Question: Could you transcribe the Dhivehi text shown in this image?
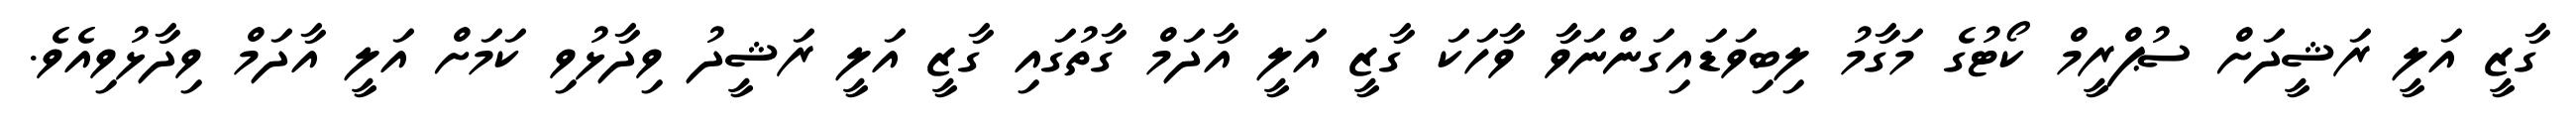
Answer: ގާޒީ އަލީ ރަޝީދަށް ސުޕްރީމް ކޯޓުގެ މަގާމު ލިބިވަޑައިގަންނަވާ ވާހަކަ ގާޒީ އަލީ އާދަމް ގާތުގައި ގާޒީ އަލީ ރަޝީދު ވިދާޅުވި ކަމަށް އަލީ އާދަމް ވިދާޅުވިއެވެ.